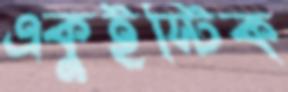
একুইস্টিক